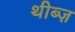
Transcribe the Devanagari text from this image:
थीब्ज़